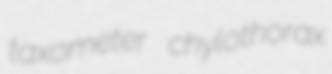
taxometer chylothorax